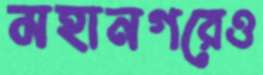
মহানগরেও